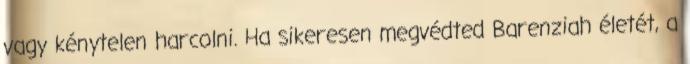
vagy kénytelen harcolni. Ha sikeresen megvédted Barenziah életét, a